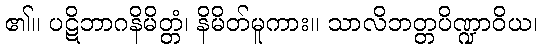
၏။ ပဋိဘာဂနိမိတ္တံ၊ နိမိတ်မူကား။ သာလိဘတ္တပိဏ္ဍာဝိယ၊